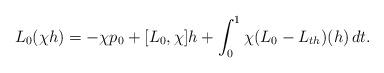
LaTeX: \begin{align*} L_0(\chi h) = -\chi p_0 + [L_0,\chi]h + \int_0^1 \chi(L_0-L_{t h})(h)\,d t. \end{align*}